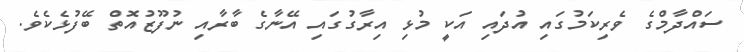
ސައްދާމްގެ ވެރިކަމުގައި އުދައި އަކީ މުޅި އިރާގުގައި އޭނާގެ ބާރާއި ނުފޫޒުއޮތް ބޭފުޅެކެވެ.